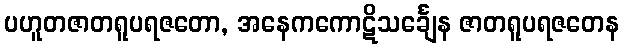
ပဟူတဇာတရူပရဇတော, အနေကကောဋိသင်္ချေန ဇာတရူပရဇတေန